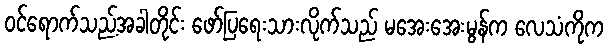
ဝင်ရောက်သည့်အခါတိုင်း ဖော်ပြရေးသားလိုက်သည် မအေးအေးမွန်က လေသံကိုက